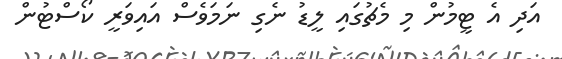
އަދި އެ ޓީމުން މި މެޗުގައި ލީޑު ނެގި ނަމަވެސް އައިވަރީ ކޯސްޓުން